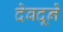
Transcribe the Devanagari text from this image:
देवदूने